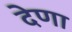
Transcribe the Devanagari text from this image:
देणा